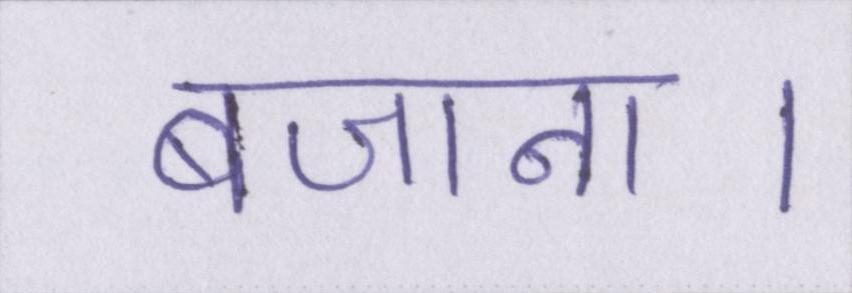
बजाना।